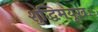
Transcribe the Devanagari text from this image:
शुद्धिमयूखः